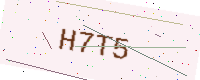
Text: H7T5